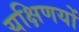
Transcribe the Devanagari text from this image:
यक्षिणयों